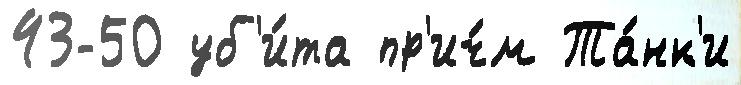
43-50 уб'и́та пр'ич́м Та́нк'и